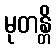
မုတန္တိ